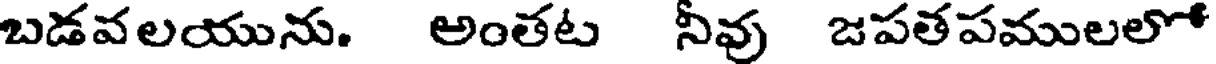
బడవలయును. అంతట నీవు జపతపములలో